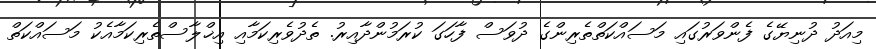
މިއަދު ދުނިޔޭގެ ފެންވަރުގައި މަސައްކަތްތެރިންގެ ދުވަސް ފާހަގަ ކުރަމުންދާއިރު. ތެދުވެރިކަމާއި އިޚްލާސްތެރިކަމާއެކު މަސައްކަތް